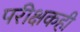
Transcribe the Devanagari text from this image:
परीक्षकही